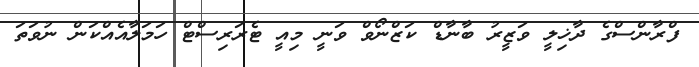
ފްރާންސްގެ ދާޚިލީ ވަޒީރު ބާނާޑް ކަޒްނޯވް ވަނީ މިއީ ޓެރަރިސްޓް ހަމަލާއެއްކަން ނުވަތަ